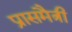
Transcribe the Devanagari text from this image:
प्रासमैत्री